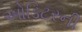
ઓડિટરની